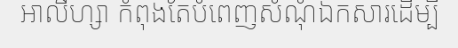
អាលីហ្សា កំពុងតែបំពេញសំណុំឯកសារដើម្បី